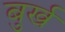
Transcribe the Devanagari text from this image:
बुर्ख